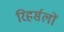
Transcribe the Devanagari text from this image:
रिहर्सलों